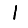
Digit: 1